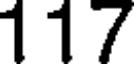
117